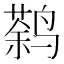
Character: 𱊠